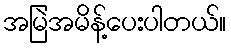
အမြဲအမိန့်ပေးပါတယ်။